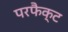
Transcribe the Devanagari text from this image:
परफैक्ट